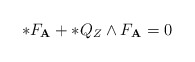
\begin{align*}\ast{F}_{\textbf{A}}+\ast{Q}_{Z}\wedge{F}_{\textbf{A}}=0\end{align*}